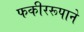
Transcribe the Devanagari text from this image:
फकीररूपाने